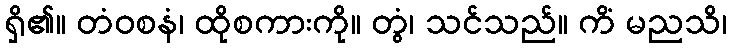
ရှိ၏။ တံဝစနံ၊ ထိုစကားကို။ တွံ၊ သင်သည်။ ကိံ မညသိ၊